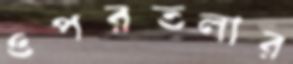
ওপরতলার